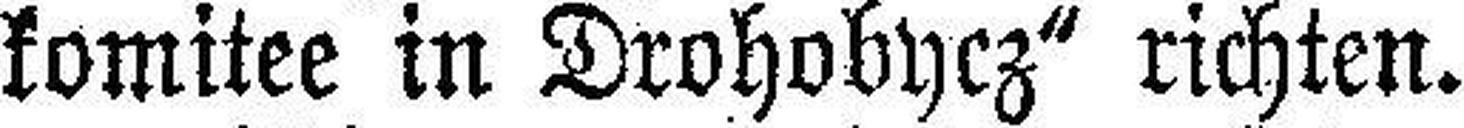
komitee in Drohobycz“ richten.